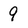
Character: 9